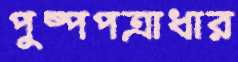
পুষ্পপত্রাধার